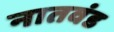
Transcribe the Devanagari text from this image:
नातवंड